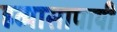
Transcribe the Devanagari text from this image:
हव्यासापायी